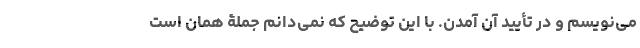
می‌نویسم و در تأیید آن آمدن. با این توضیح که نمی‌دانم جملۀ همان است